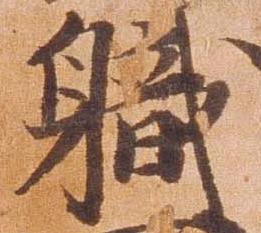
職